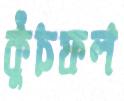
কুঁচফল